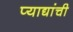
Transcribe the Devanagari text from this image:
प्याद्यांची